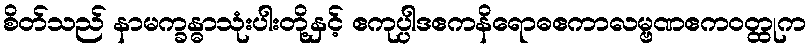
စိတ်သည် နာမက္ခန္ဓာသုံးပါးတို့နှင့် ဧကုပ္ပါဒဧကနိရောဓဧကာလမ္ဗဏဧကဝတ္ထုက